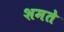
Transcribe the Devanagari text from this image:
शमते